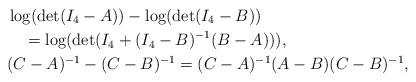
LaTeX: \begin{align*}&\log(\det(I_4-A))-\log(\det(I_4-B))\\&\quad=\log(\det(I_4+(I_4-B)^{-1}(B-A))),\\&(C-A)^{-1}-(C-B)^{-1}=(C-A)^{-1}(A-B)(C-B)^{-1},\end{align*}